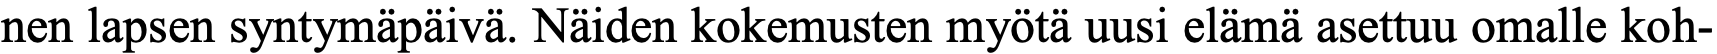
nen lapsen syntymäpäivä. Näiden kokemusten myötä uusi elämä asettuu omalle koh-